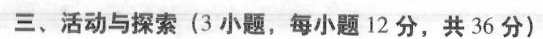
三、活动与探索(3小题，每小题12分，共36分)